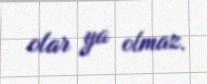
olar ya olmaz.